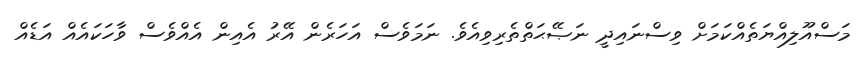
މަސްއޫލިއްޔަތެއްކަމަށް ވިސްނައިދީ ނަޞޭޙަތްތެރިވިއެވެ. ނަމަވެސް އަހަރެން އޭރު އެއިން އެއްވެސް ވާހަކައެއް އަޑެއް